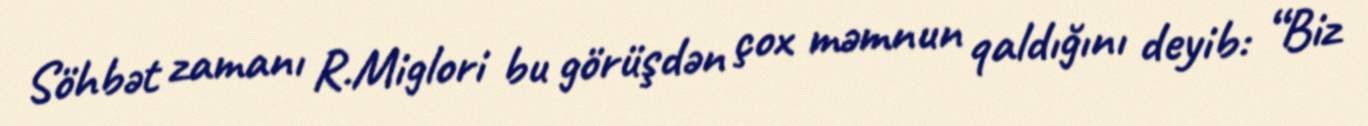
Söhbət zamanı R.Miglori bu görüşdən çox məmnun qaldığını deyib: “Biz